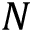
N